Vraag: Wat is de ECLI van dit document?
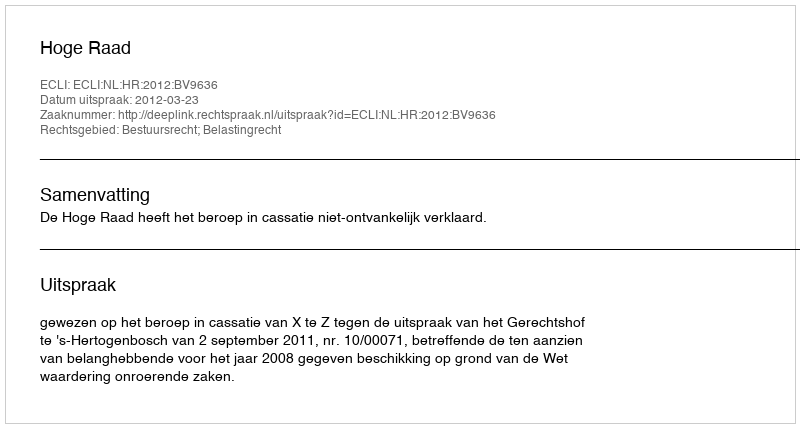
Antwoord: ECLI:NL:HR:2012:BV9636